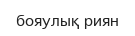
бояулық риян